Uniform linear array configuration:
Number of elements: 8
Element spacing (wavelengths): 0.75
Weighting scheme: cosine
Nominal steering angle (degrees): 0
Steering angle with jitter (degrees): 1.871
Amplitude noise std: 0.05
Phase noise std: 0.05

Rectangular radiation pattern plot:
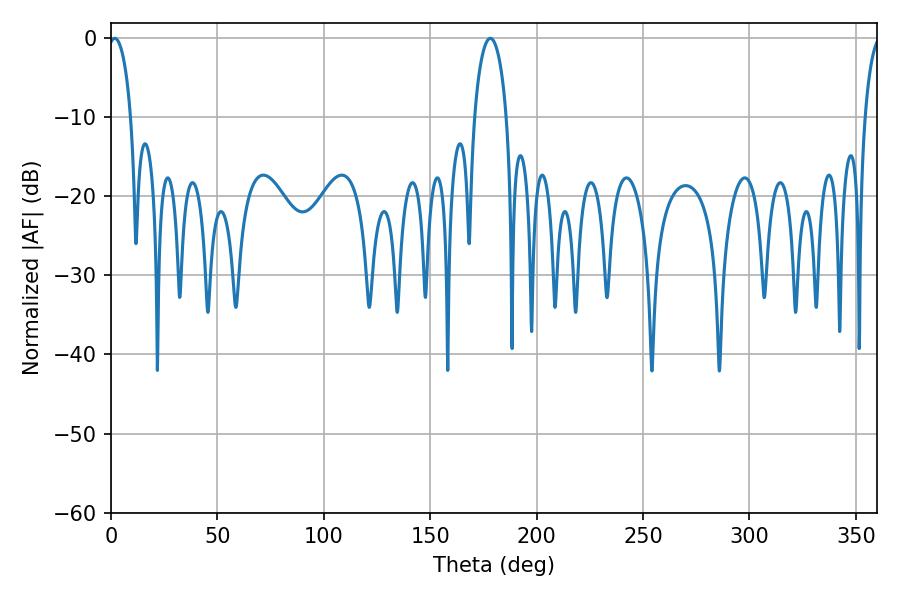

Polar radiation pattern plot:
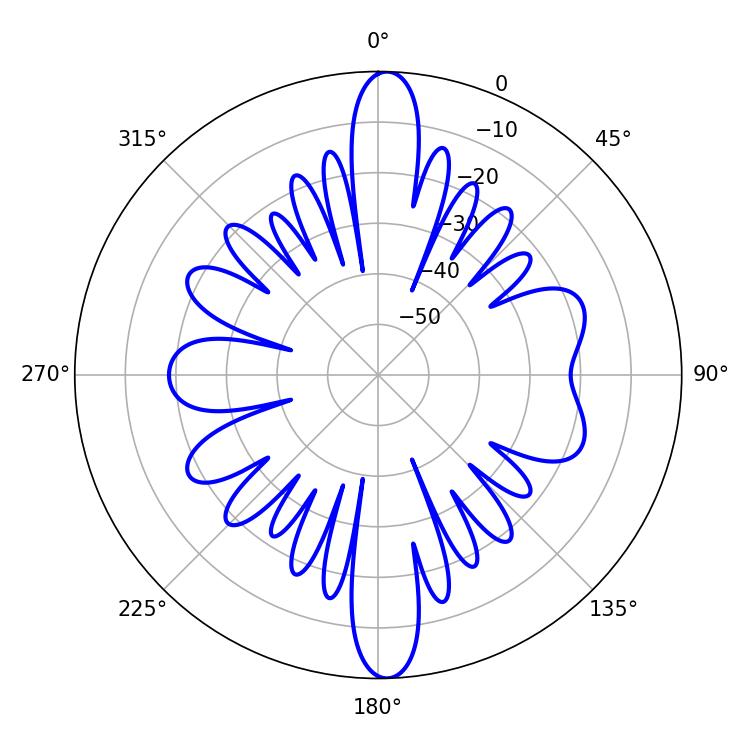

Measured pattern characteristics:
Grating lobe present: TRUE
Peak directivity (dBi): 21.99
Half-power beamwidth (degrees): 8.64
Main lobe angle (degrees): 178.2